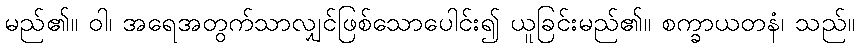
မည်၏။ ဝါ၊ အရေအတွက်သာလျှင်ဖြစ်သောပေါင်း၍ ယူခြင်းမည်၏။ စက္ခာယတနံ၊ သည်။